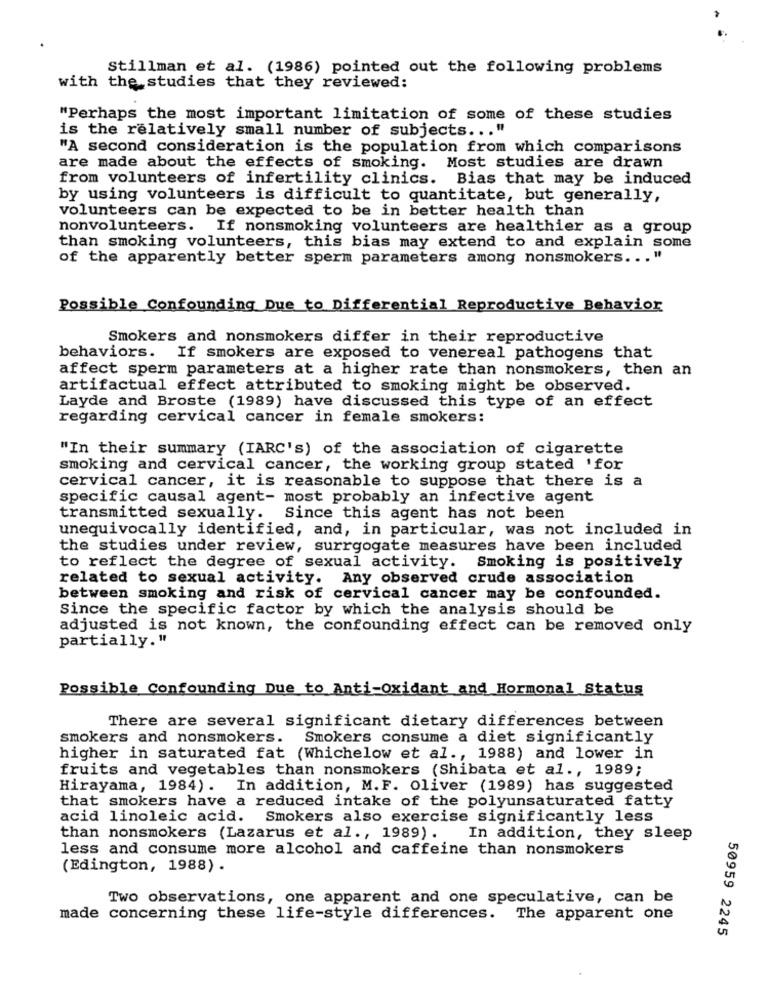
Stillman et al. (1986) pointed out the following problems
with the studies that they reviewed:
"Perhaps the most important limitation of some of these studies
is the relatively small number of subjects ... "
"A second consideration is the population from which comparisons
are made about the effects of smoking. Most studies are drawn
from volunteers of infertility clinics. Bias that may be induced
by using volunteers is difficult to quantitate, but generally,
volunteers can be expected to be in better health than
nonvolunteers. If nonsmoking volunteers are healthier as a group
than smoking volunteers, this bias may extend to and explain some
of the apparently better sperm parameters among nonsmokers ... "
Possible Confounding Due to Differential Reproductive Behavior
Smokers and nonsmokers differ in their reproductive
behaviors. If smokers are exposed to venereal pathogens that
affect sperm parameters at a higher rate than nonsmokers, then an
artifactual effect attributed to smoking might be observed.
Layde and Broste (1989) have discussed this type of an effect
regarding cervical cancer in female smokers:
"In their summary (IARC's) of the association of cigarette
smoking and cervical cancer, the working group stated 'for
cervical cancer, it is reasonable to suppose that there is a
specific causal agent- most probably an infective agent
transmitted sexually. Since this agent has not been
unequivocally identified, and, in particular, was not included in
the studies under review, surrgogate measures have been included
to reflect the degree of sexual activity. Smoking is positively
related to sexual activity. Any observed crude association
between smoking and risk of cervical cancer may be confounded.
Since the specific factor by which the analysis should be
adjusted is not known, the confounding effect can be removed only
partially."
Possible Confounding Due to Anti-Oxidant and Hormonal Status
There are several significant dietary differences between
smokers and nonsmokers. Smokers consume a diet significantly
higher in saturated fat (Whichelow et al ., 1988) and lower in
fruits and vegetables than nonsmokers (Shibata et al ., 1989;
Hirayama, 1984). In addition, M.F. Oliver (1989) has suggested
that smokers have a reduced intake of the polyunsaturated fatty
acid linoleic acid. Smokers also exercise significantly less
than nonsmokers (Lazarus et al ., 1989).
In addition, they sleep
less and consume more alcohol and caffeine than nonsmokers
(Edington, 1988) .
Two observations, one apparent and one speculative, can be
made concerning these life-style differences.
The apparent one
50959 2245